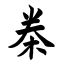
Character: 桊